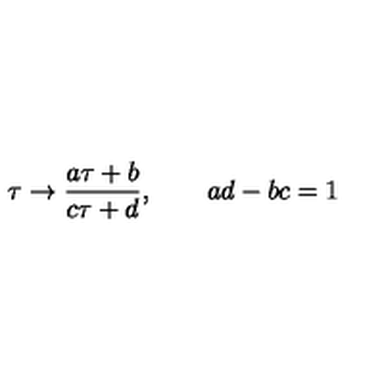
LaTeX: \tau \rightarrow \frac { a \tau + b } { c \tau + d } , \qquad a d - b c = 1